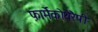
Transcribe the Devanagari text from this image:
फ़ार्मेकोथेरैपी